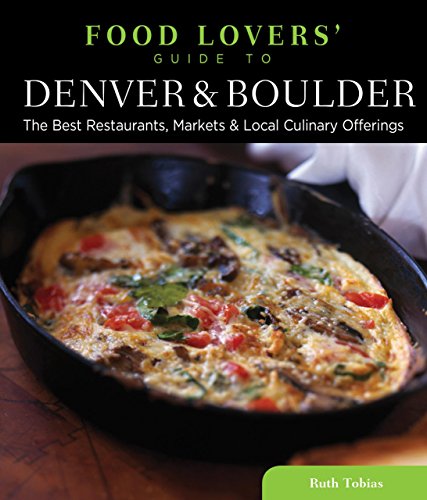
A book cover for Food Lovers' Guide toÂ® Denver & Boulder: The Best Restaurants, Markets & Local Culinary Offerings (Food Lovers' Series); Ruth Tobias; Travel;